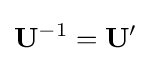
\mathbf {U} ^{-1}=\mathbf {U} '